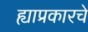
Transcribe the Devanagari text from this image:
ह्याप्रकारचे